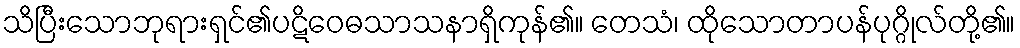
သိပြီးသောဘုရားရှင်၏ပဋိဝေဓသာသနာရှိကုန်၏။ တေသံ၊ ထိုသောတာပန်ပုဂ္ဂိုလ်တို့၏။